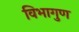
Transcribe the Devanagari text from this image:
विभागुण